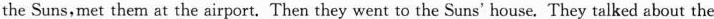
the Suns,met them at the airport. Then they went to the Suns' house. They talked about the